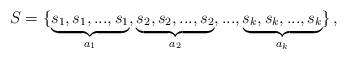
LaTeX: \begin{align*}S = \{ \underbrace{s_1,s_1, ..., s_1}_{a_1},\underbrace{s_2, s_2, ..., s_2}_{a_2},...,\underbrace{s_k,s_k, ..., s_k}_{a_k} \} \,,\end{align*}